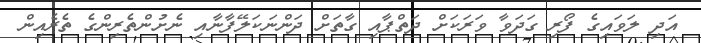
އަދި ލަވައިގެ ފޯރި ގަދަވާ ވަރަކަށް ދަތްޕާއި ގާތަށް ދަންނަކަލޭފާނާއި ނެށުންތެރިންގެ ތެރެއިން